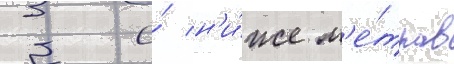
3 и́ н'и́же м'е́тров